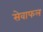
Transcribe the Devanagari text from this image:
सेवाफल